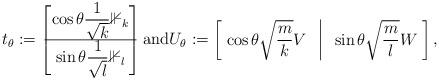
LaTeX: \begin{align*} t_\theta:= \begin{bmatrix} \cos\theta \dfrac{1}{\sqrt{k}} \mathbb{1}_k \\ \hline \sin \theta \dfrac{1}{\sqrt{l}}\mathbb{1}_l \end{bmatrix}\mbox{and} U_\theta:= \begin{bmatrix} \; \cos\theta \sqrt{\dfrac{m}{k}} V & \vline & \sin \theta \sqrt{\dfrac{m}{l}} W \; \end{bmatrix},\end{align*}